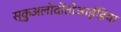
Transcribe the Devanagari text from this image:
स्कुअलोदोंतोआईडिया